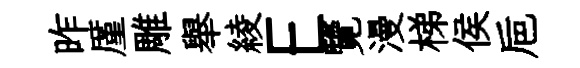
昨厪雕舉綾E覽漫梯侯巵